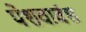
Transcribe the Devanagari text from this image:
पेशवावंश